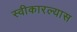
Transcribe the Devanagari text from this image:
स्वीकारल्यास